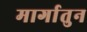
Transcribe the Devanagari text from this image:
मार्गातुन